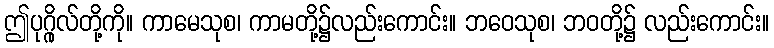
ဤပုဂ္ဂိုလ်တို့ကို။ ကာမေသုစ၊ ကာမတို့၌လည်းကောင်း။ ဘဝေသုစ၊ ဘဝတို့၌ လည်းကောင်း။